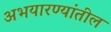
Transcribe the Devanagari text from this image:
अभयारण्यांतील